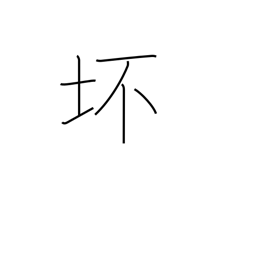
Meaning: bowl